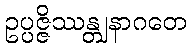
ဥပ္ပဇ္ဇိဿန္တျနာဂတေ